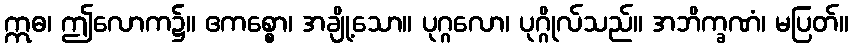
ဣဓ၊ ဤလောက၌။ ဧကစ္စော၊ အချို့သော။ ပုဂ္ဂလော၊ ပုဂ္ဂိုလ်သည်။ အဘိက္ခဏံ၊ မပြတ်။